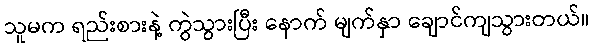
သူမက ရည်းစားနဲ့ ကွဲသွားပြီး နောက် မျက်နှာ ချောင်ကျသွားတယ်။